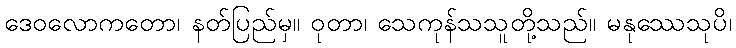
ဒေဝလောကတော၊ နတ်ပြည်မှ။ ဝုတာ၊ သေကုန်သသူတို့သည်။ မနုဿေသုပိ၊